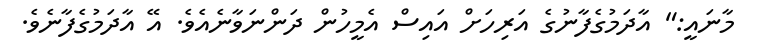
މާނައީ:" އާދަމުގެފާނުގެ އަރިހަށް އައިސް އެމީހުން ދަންނަވާނެއެވެ. އޭ އާދަމުގެފާނެވެ.